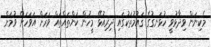
މެކިނަން ވިދާޅުވީ ހުޅަނގުގެ ޤައުމުތަކުގައި ދިރިއުޅޭ މީހުން ކަންތައްތައް ވަރަށް އަވަހަށް ވުމަށް